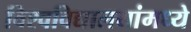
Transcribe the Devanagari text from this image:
विश्वविद्यालयांमध्ये